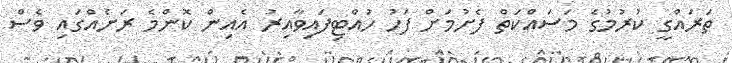
ތަރައްގީ ކުރުމުގެ މަސައްކަތް ފެށުމަށް ފަހު ހުއްޓިފައިވާއިރު އެއިން ކޮންމެ ރަށެއްގައި ވެސް